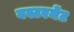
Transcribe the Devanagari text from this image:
बस्टरमेंट